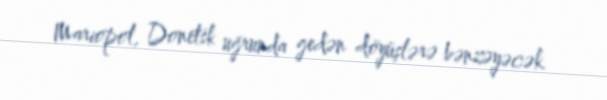
Mariopol, Donetsk uğrunda gedən döyüşlərə bənzəyəcək.